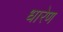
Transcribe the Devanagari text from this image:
धारेण